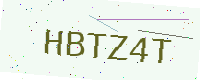
Text: HBTZ4T